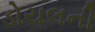
ડોયલની